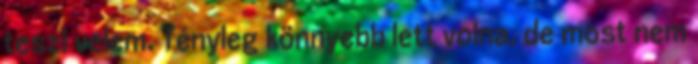
teszi velem. Tényleg könnyebb lett volna, de most nem